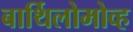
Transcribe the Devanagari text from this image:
बार्थिलोमोव्ह